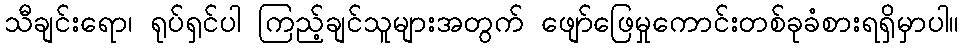
သီချင်းရော၊ ရုပ်ရှင်ပါ ကြည့်ချင်သူများအတွက် ဖျော်ဖြေမှုကောင်းတစ်ခုခံစားရရှိမှာပါ။